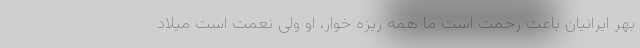
بهر ایرانیان باعث رحمت است ما همه ریزه خوار، او ولى نعمت است میلاد